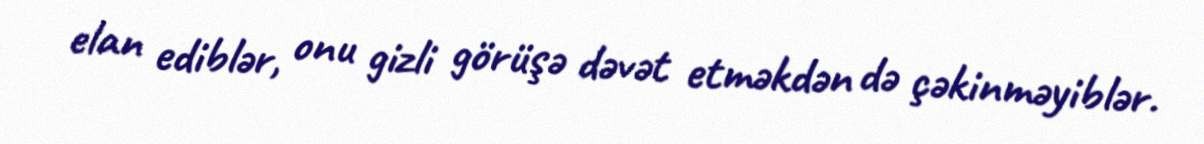
elan ediblər, onu gizli görüşə dəvət etməkdən də çəkinməyiblər.